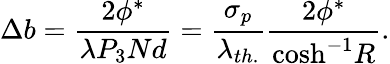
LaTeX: \Delta b=\frac{2\phi^{*}}{\lambda P_{3}Nd}=\frac{\sigma_{p}}{\lambda_{th.}}\frac{{2}\phi^{*}}{\mathrm{cosh^{-1}}R}.